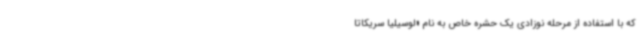
که با استفاده از مرحله نوزادی یک حشره خاص به نام «لوسیلیا سریکاتا